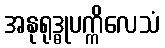
အနုရုဒ္ဓုပက္ကိလေသံ